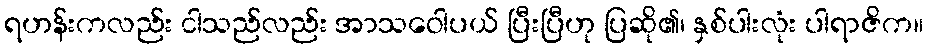
ရဟန်းကလည်း ငါသည်လည်း အာသဝေါပယ် ပြီးပြီဟု ပြဆို၏၊ နှစ်ပါးလုံး ပါရာဇိက။